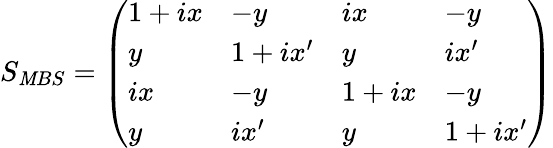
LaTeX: S_{\mathit{M}BS}=\left(\begin{array}{llll}{1+ix}&{-y}&{ix}&{-y}\\ {y}&{1+ix^{\prime}}&{y}&{ix^{\prime}}\\ {ix}&{-y}&{1+ix}&{-y}\\ {y}&{ix^{\prime}}&{y}&{1+ix^{\prime}}\end{array}\right)